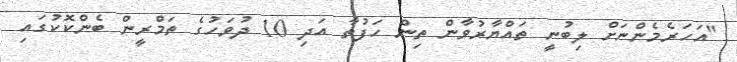
"އަހަރެމެންނަށް ލިބުނީ ތައްޔާރުވާން ތިން ހަފުތާ އަދި 10 ދުވަހުގެ ތަމްރީން ބެންކޮކުގައި